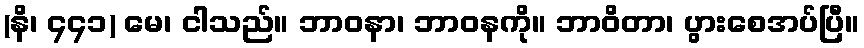
(နိ၊ ၄၄၁) မေ၊ ငါသည်။ ဘာဝနာ၊ ဘာဝနကို။ ဘာဝိတာ၊ ပွားစေအပ်ပြီ။